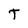
Character: T